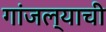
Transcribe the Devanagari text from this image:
गांजल्याची